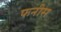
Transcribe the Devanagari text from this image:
फनीस